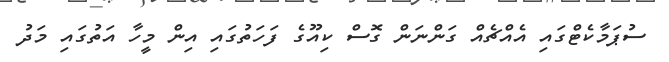
ސުޕަމާކެޓްގައި އެއްޗެއް ގަންނަން ގޮސް ކިއޫގެ ފަހަތުގައި އިން މީހާ އަތުގައި މަދު